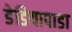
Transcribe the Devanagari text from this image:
डेडियापाडा